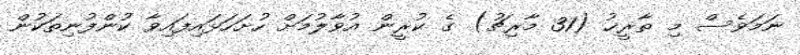
ނަމަވެސް މި ތާރީޚު (31 މާރިޗު) ގެ ކުރީން އުވާލުމަށް ހުށަހަޅައިފައިވާ ކުންފުނިތަކުން